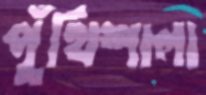
পুঁথিশালা